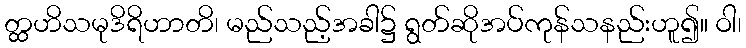
တ္ထဟိသမုဒိရိဟာတိ၊ မည်သည့်အခါ၌ ရွတ်ဆိုအပ်ကုန်သနည်းဟူ၍။ ဝါ၊